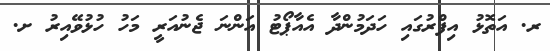
ރ. އަތޮޅު އިފްރުގައި ހަދަމުންދާ އެއާޕޯޓު އަންނަ ޖެނުއަރީ މަހު ހުޅުވޭއިރު ށ.